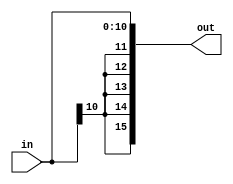
module sign_extend_11b(in, out);

	input  [10:0]  in;
	output [15:0] out;

	assign out[10:0] = in;
	assign out[15:11] = {5{in[10]}};

endmodule